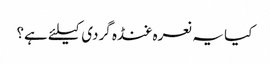
کیا یہ نعرہ غنڈہ گردی کیلئے ہے؟